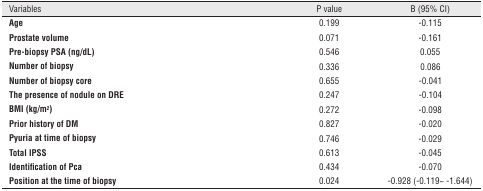
| Variables | P value | B (95% CI) |
 | --- | --- | --- |
 | Age | 0.199 | -0.115 |
 | Prostate volume | 0.071 | -0.161 |
 | Pre-biopsy PSA (ng/dL) | 0.546 | 0.055 |
 | Number of biopsy | 0.336 | 0.086 |
 | Number of biopsy core | 0.655 | -0.041 |
 | The presence of nodule on DRE | 0.247 | -0.104 |
 | BMI (kg/m2) | 0.272 | -0.098 |
 | Prior history of DM | 0.827 | -0.020 |
 | Pyuria at time of biopsy | 0.746 | -0.029 |
 | Total IPSS | 0.613 | -0.045 |
 | Identification of Pca | 0.434 | -0.070 |
 | Position at the time of biopsy | 0.024 | -0.928 (-0.119~ -1.644) |